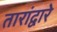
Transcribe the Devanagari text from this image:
तारांद्वारे